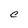
Character: C